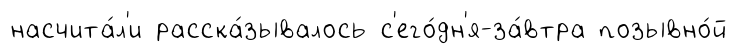
насчита́л'и расска́зывалось с'его́дн'я-за́втра позывно́й